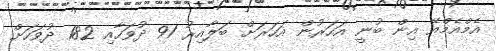
އެމްއެމްއޭ އިން ބުނީ އަހަރުން އަހަރަށް ބަލާއިރު 91 ދުވަހާއި 182 ދުވަހަށް